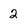
Character: 2